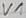
Text: V1